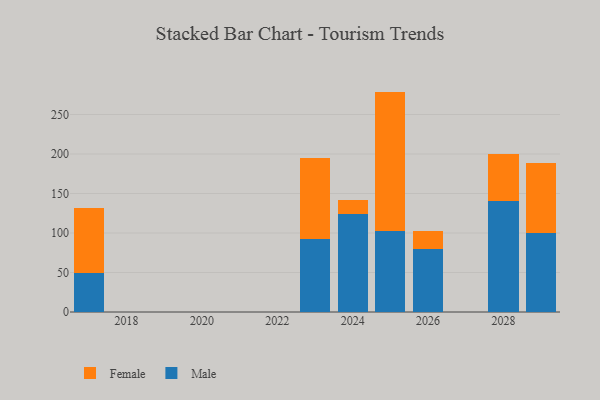
{"axis": {"x": "Year", "y": "Satisfaction Score"}, "legend": ["Female", "Male"], "data": [{"x": "2025", "y": 102.2, "type": "Male"}, {"x": "2025", "y": 176.8, "type": "Female"}, {"x": "2026", "y": 79.7, "type": "Male"}, {"x": "2026", "y": 23.2, "type": "Female"}, {"x": "2029", "y": 100.1, "type": "Male"}, {"x": "2029", "y": 88.0, "type": "Female"}, {"x": "2028", "y": 140.8, "type": "Male"}, {"x": "2028", "y": 58.9, "type": "Female"}, {"x": "2023", "y": 92.0, "type": "Male"}, {"x": "2023", "y": 103.2, "type": "Female"}, {"x": "2017", "y": 49.8, "type": "Male"}, {"x": "2017", "y": 82.3, "type": "Female"}, {"x": "2024", "y": 124.6, "type": "Male"}, {"x": "2024", "y": 17.5, "type": "Female"}]}